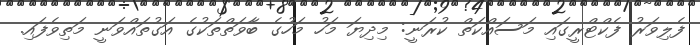
ފެލިވަރު ފެކްޓްރީގައި މަސައްކަތް ކުރަނީ: މިދިޔަ މަހު މަހުގެ ބާވަތްތަކުގެ އަގުތައްވަނީ މަތިވެފައި.